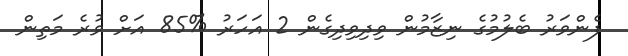
ފެންވަރު ބެލުމުގެ ނިޒާމުން ވިދިވިދިގެން 2 އަހަރު %85 އަށް ވުރެ މަތިން